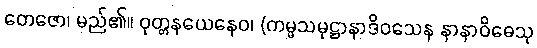
တေဇော၊ မည်၏။ ဝုတ္တနယေနေဝ၊ (ကမ္မသမုဋ္ဌာနာဒိဝသေန နာနာဝိဓေသု